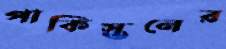
পাকিস্তনের